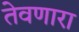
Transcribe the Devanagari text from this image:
तेवणारा